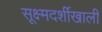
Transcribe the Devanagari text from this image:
सूक्ष्मदर्शीखाली